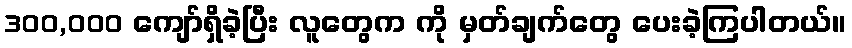
300,000 ကျော်ရှိခဲ့ပြီး လူတွေက ကို မှတ်ချက်တွေ ပေးခဲ့ကြပါတယ်။